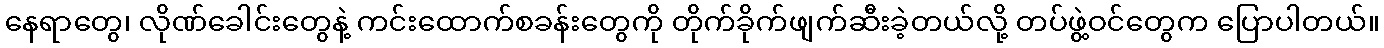
နေရာတွေ၊ လိုဏ်ခေါင်းတွေနဲ့ ကင်းထောက်စခန်းတွေကို တိုက်ခိုက်ဖျက်ဆီးခဲ့တယ်လို့ တပ်ဖွဲ့ဝင်တွေက ပြောပါတယ်။